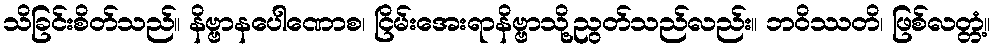
သိခြင်းစိတ်သည်။ နိဗ္ဗာနပေါဏောစ၊ ငြိမ်းအေးရာနိဗ္ဗာသို့ညွတ်သည်လည်း။ ဘဝိဿတိ၊ ဖြစ်လတ္တံ့။